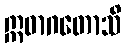
ဣဓာဂတောသိ